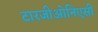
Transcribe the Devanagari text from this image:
टारजीओनिएसी